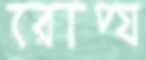
রোপ্য